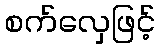
စက်လှေဖြင့်